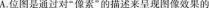
A.位图是通过对”像素”的描述来呈现图像效果的